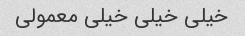
خیلی خیلی خیلی معمولی